Vaccination in the Punjab 1867-1880 - 1867-1880
Year: 1867
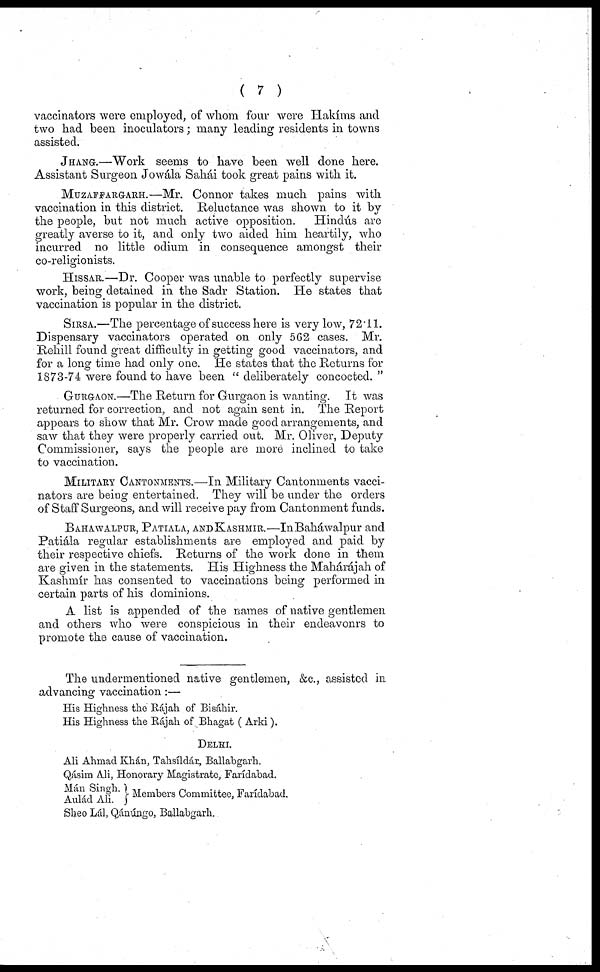
( 7 )
vaccinators were employed, of whom four were Hakíms and
two had been inoculators; many leading residents in towns
assisted.
JHANG.—Work seems to have been well done here.
Assistant Surgeon Jowála Sahái took great pains with it.
MUZAFEARGARH.—Mr. Connor takes much pains with
vaccination in this district. Reluctance was shown to it by
the people, but not much active opposition.
Hindús are
greatly averse to it, and only two aided him heartily, who
incurred no little odium in consequence amongst their
co-religionists.
HISSAR.—Dr. Cooper was unable to perfectly supervise
work, being detained in the Sadr Station. He states that
vaccination is popular in the district.
SIRSA.—The percentage of success here is very low, 72.11.
Dispensary vaccinators operated on only 562 cases. Mr.
Rehill found great difficulty in getting good vaccinators, and
for a long time had only one. He states that the Returns for
1873-74 were found to have been " deliberately concocted. "
GURGAON.—The Return for Gurgaon is wanting. It was
returned for correction, and not again sent in. The Report
appears to show that Mr. Crow made good arrangements, and
saw that they were properly carried out. Mr. Oliver, Deputy
Commissioner, says the people are more inclined to take
to vaccination.
MILITARY CANTONMENTS.—In Military Cantonments vacci-
nators are being entertained. They will be under the orders
of Staff Surgeons, and will receive pay from Cantonment funds.
BAHAWALPUR, PATIALA, AND KASHMIR.—In Baháwalpur and
Patiála regular establishments are employed and paid by
their respective chiefs. Returns of the work done in them
are given in the statements. His Highness the Mahárájah of
Kashmír has consented to vaccinations being performed in
certain parts of his dominions.
A list is appended of the names of native gentlemen
and others who were conspicious in their endeavonrs to
promote the cause of vaccination.
The undermentioned native gentlemen, &c., assisted in
advancing vaccination :—
His Highness the Rájah of Bisáhir.
His Highness the Rájah of Bhagat ( Arki).
DELHI.
Ali Ahmad Khán, Tahsíldár, Ballabgarh.
Qásim Ali, Honorary Magistrate, Farídabad.
Mán Singh.
Aulád Ali.
Members Committec, Farídabad.
Sheo Lál, Qánúngo, Ballabgarh.